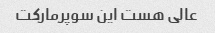
عالی هست این سوپرمارکت